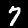
Label: 7